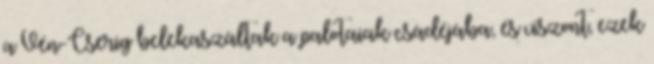
a Vén-Cserig belekaszáltak a palotaiak csádéjába, és viszont, ezek